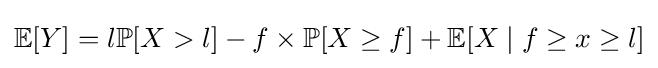
\mathbb {E} [Y]=l\mathbb {P} [X>l]-f\times \mathbb {P} [X\geq f]+\mathbb {E} [X\mid f\geq x\geq l]